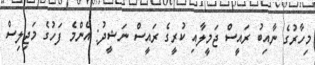
މިހާރުގެ ނާއިބު ރައީސް ޖަމީލާއި ކުރީގެ ރައީސް ނަޝީދު: އެންމެ ފަހުގެ މަޖިލިސް